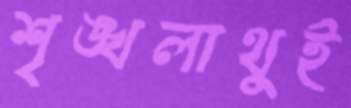
শৃঙ্খলাথুই